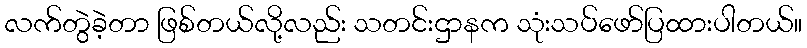
လက်တွဲခဲ့တာ ဖြစ်တယ်လို့လည်း သတင်းဌာနက သုံးသပ်ဖော်ပြထားပါတယ်။